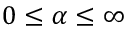
0 \leq \alpha \leq \infty